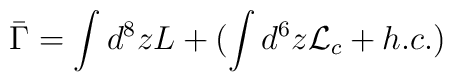
\bar{\Gamma}=\int d^8 z L+(\int d^6 z {\cal L}_c+h.c.)